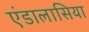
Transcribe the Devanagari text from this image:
एंडालासिया